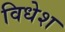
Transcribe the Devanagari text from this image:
विधेश